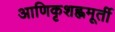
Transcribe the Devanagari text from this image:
आणिकृशह्णमूर्ती